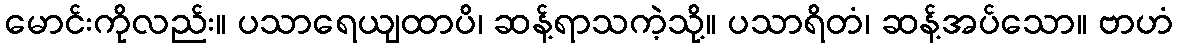
မောင်းကိုလည်း။ ပသာရေယျထာပိ၊ ဆန့်ရာသကဲ့သို့။ ပသာရိတံ၊ ဆန့်အပ်သော။ ဗာဟံ